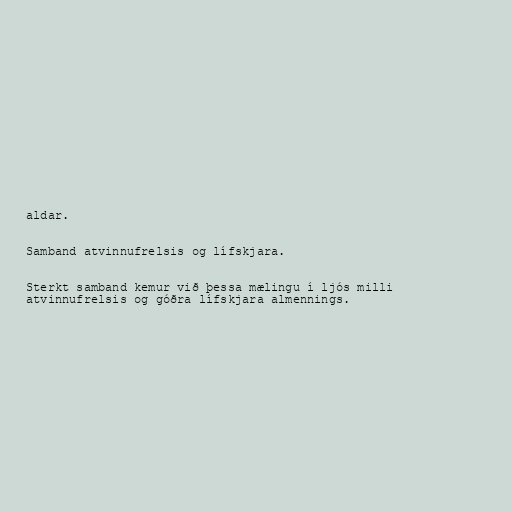
aldar.

Samband atvinnufrelsis og lífskjara.

Sterkt samband kemur við þessa mælingu í ljós milli
atvinnufrelsis og góðra lífskjara almennings.